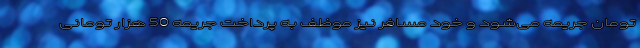
تومان جریمه می‌شود و خود مسافر نیز موظف به پرداخت جریمه 50 هزار تومانی